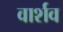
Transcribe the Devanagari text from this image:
वार्शव